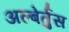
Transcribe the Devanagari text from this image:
अल्बेर्तुस